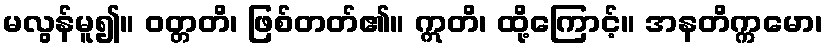
မလွန်မူ၍။ ဝတ္တတိ၊ ဖြစ်တတ်၏။ ဣတိ၊ ထို့ကြောင့်။ အနတိက္ကမော၊